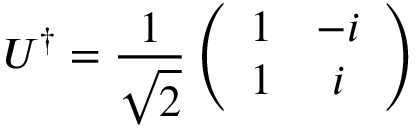
U ^ { \dagger } = \frac { 1 } { \sqrt { 2 } } \left( \begin{array} { c c } { 1 } & { - i } \\ { 1 } & { i } \end{array} \right)